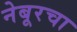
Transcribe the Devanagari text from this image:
नेबूरचा